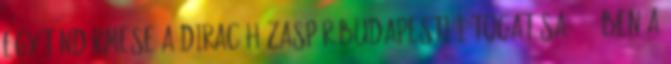
egy tündérmese A Dirac házaspár budapesti látogatása 1937-ben A